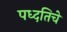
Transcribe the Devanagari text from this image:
पध्दतिचे